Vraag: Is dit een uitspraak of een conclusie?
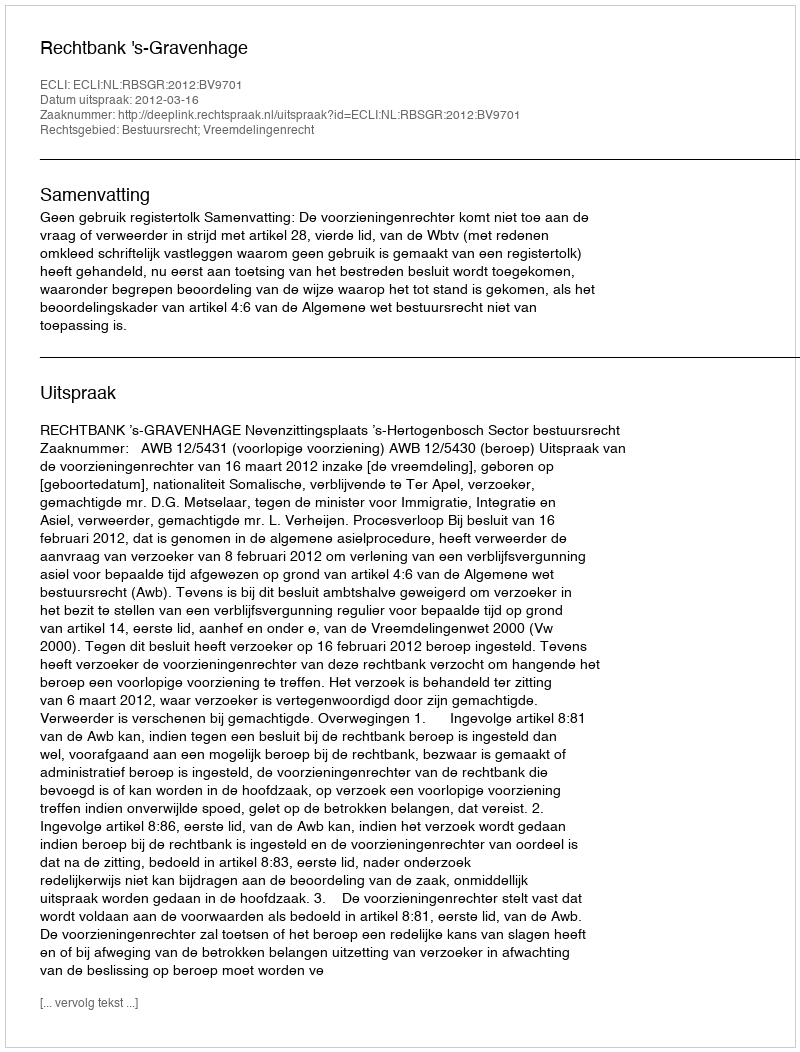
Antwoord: Uitspraak